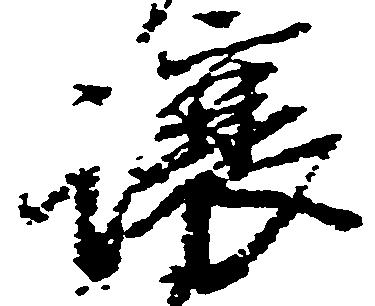
譲